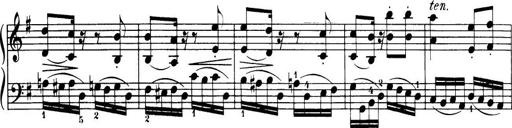
Title: 32 Sonatinas and Rondos for the Piano
Composer: Richard Kleinmichel